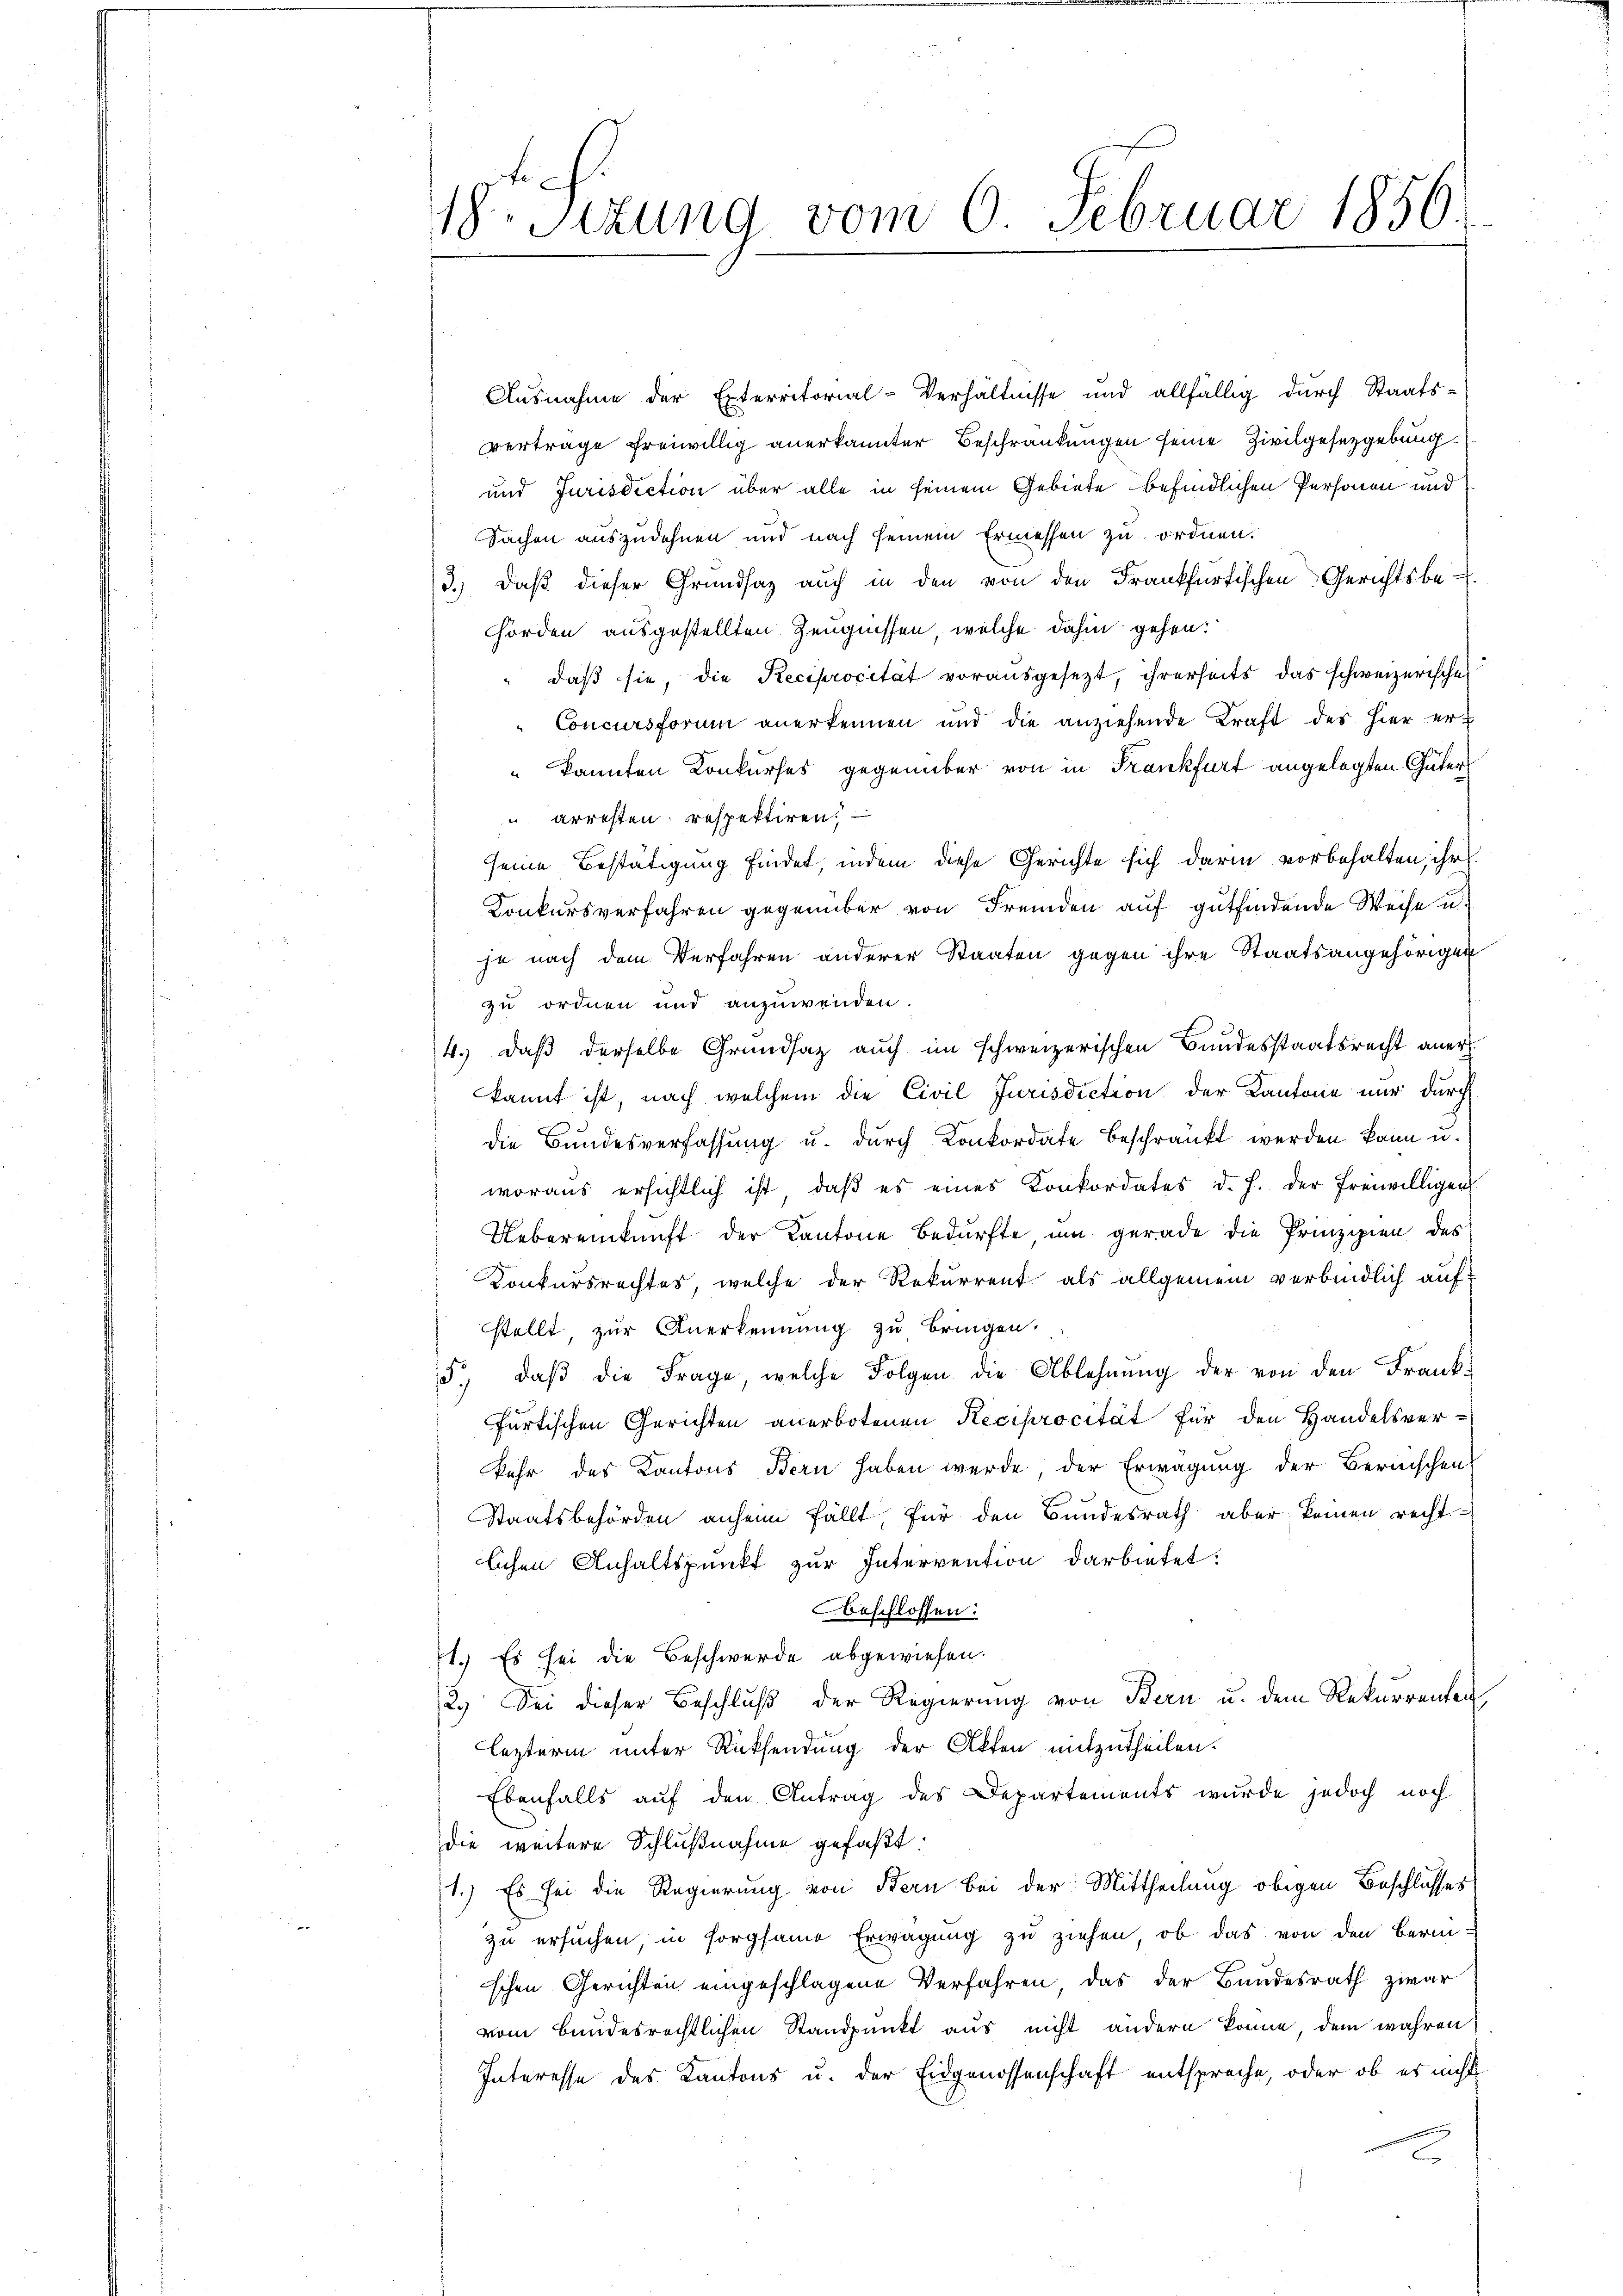
18. Sitzung vom 6. Februar 1856

Ausnahme der Exterritorial-Verhältnisse und allfällig dŭrch Staats-
vertrage freiwillig anerkannter Beschränkungen seine Zivilgesetzgebung
und Jurisdiction über alle in seinem Gebiete befindlichen Personen und
Sachen auszudehnen und nach seinem Ermessen zu ordnen.
3.) Daß dieser Grundsaz auch in den von den Frankfurtischen Gerichtsbe-
hörden ausgestellten Zeugnissen, welche dahin gehen:
daß sie, die Reciprocität vorausgesezt, ihrerseits das schweizerische
Concursforum anerkennen und die anziehende Kraft des hier er¬
" kannten Konkurses gegenüber von in Frankfurt angelegten Güter
u arresten, respektiren.
seine Bestätigung findet, indem diese Gerichte sich darin vorbehalten, ihr
Konkursverfahren gegenüber von Fremden auf gutfindende Weise u.
je nach dem Verfahren anderer Staaten gegen ihre Staatsangehörigen
zu ordnen und anzuwenden.
4.) Daß derselbe Grundsaz auch im schweizerischen Bundesstaatsrecht aner
kannt ist, nach welchem die Civil Jurisdiction der Kantone nur durch
die Bundesverfassung u. durch Konkordate beschränkt werden kann u.
woraus ersichtlich ist, daβ es eines Konkordates d. h. der freiwilligen
Uebereinkunft der Kantone Bedürfte um gerade die Prinzipien des
Konkursrechtes, welche der Rekurrent als allgemein verbindlich aufstellt, zur Anerkennung zu bringen.
5., daβ die Frage, welche Folgen die Ablehnŭng der von den Frankfurtischen Gerichten anerbotenen Reciprocität für den Handelsverkehr des Kantons Bern haben werde der Erwägung der Bernischen
Staatsbehörden anheim fällt, für den Bundesrath aber keinen recht-
lichen Anhaltspunkt zur Intervention darbietet:
Aeschlossen:
ft. Es sei die Beschwerde abgewiesen.
2.) Sei dieser Beschluß der Regierung von Bern u. dem Rekurrenten
lezterm unter Rücksendung der Akten mitzutheilen.
Ebenfalls auf den Antrag des Departements wurde jedoch noch
die weitere Schlußnahme gefaßt:
1.) Es sei die Regierung von Bern bei der Mittheilung obigen Beschlusses
zu ersuchen in sorgsame Erwägung zu ziehen, ob das von den Beri-
schen Gerichten eingeschlagene Verfahren, das der Bundesrath zwar
vom Bundesrechtlichen Standpunkt aus nicht andern könne, dem wahren,
Interesse des Kantons u. der Eidgenossenschaft entspreche, oder ob es nicht